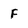
Character: F